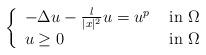
LaTeX: \begin{align*}\left\{\begin{array}{ll}-\Delta u-\frac {\l}{|x|^2}u=u^p & \hbox{ in }\Omega\\u\geq 0& \hbox{ in }\Omega\end{array}\right.\end{align*}